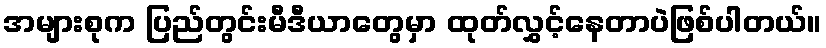
အများစုက ပြည်တွင်းမီဒီယာတွေမှာ ထုတ်လွှင့်နေတာပဲဖြစ်ပါတယ်။